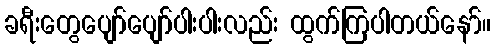
ခရီးတွေပျော်ပျော်ပါးပါးလည်း ထွက်ကြပါတယ်နော်။